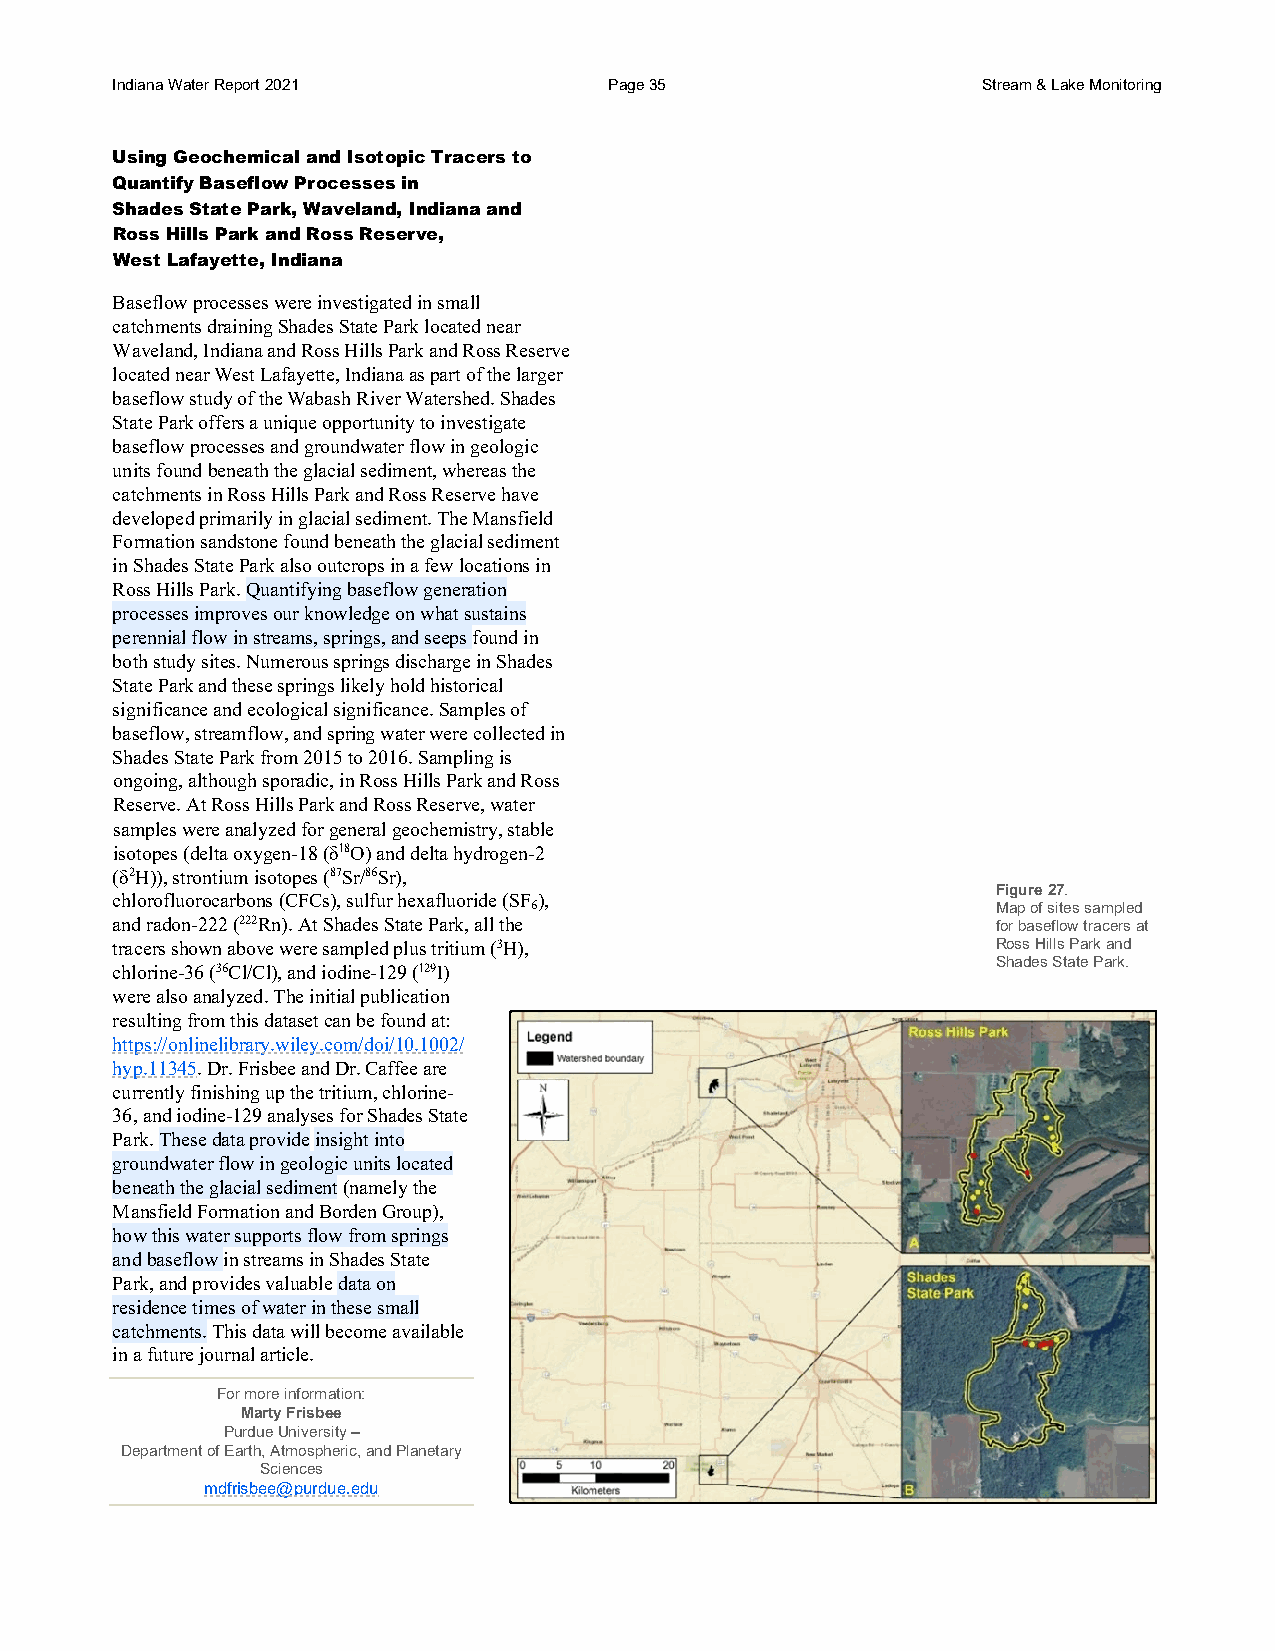
Indiana Water Report 2021        Page 35                  Stream & Lake Monitoring
 Using Geochemical and Isotopic Tracers to
 Quantify Baseflow Processes in
 Shades State Park, Waveland, Indiana and
 Ross Hills Park and Ross Reserve,
 West Lafayette, Indiana
 Baseflow processes were investigated in small
 catchments draining Shades State Park located near
 Waveland, Indiana and Ross Hills Park and Ross Reserve
 located near West Lafayette, Indiana as part of the larger
 baseflow study of the Wabash River Watershed. Shades
 State Park offers a unique opportunity to investigate
 baseflow processes and groundwater flow in geologic
 units found beneath the glacial sediment, whereas the
 catchments in Ross Hills Park and Ross Reserve have
 developed primarily in glacial sediment. The Mansfield
 Formation sandstone found beneath the glacial sediment
 in Shades State Park also outcrops in a few locations in
 Ross Hills Park. Quantifying baseflow generation
 processes improves our knowledge on what sustains
 perennial flow in streams, springs, and seeps found in
 both study sites. Numerous springs discharge in Shades
 State Park and these springs likely hold historical
 significance and ecological significance. Samples of
 baseflow, streamflow, and spring water were collected in
 Shades State Park from 2015 to 2016. Sampling is
 ongoing, although sporadic, in Ross Hills Park and Ross
 Reserve. At Ross Hills Park and Ross Reserve, water
 samples were analyzed for general geochemistry, stable
 isotopes (delta oxygen-18 (δ18O) and delta hydrogen-2
 (δ2H)), strontium isotopes (87Sr/86Sr),
 Figure 27.
 chlorofluorocarbons (CFCs), sulfur hexafluoride (SF ),
 6                              Map of sites sampled
 and radon-222 (222Rn). At Shades State Park, all the       for baseflow tracers at
 tracers shown above were sampled plus tritium (3H),        Ross Hills Park and
 Shades State Park.
 chlorine-36 (36Cl/Cl), and iodine-129 (129I)
 were also analyzed. The initial publication
 resulting from this dataset can be found at:
 https://onlinelibrary.wiley.com/doi/10.1002/
 hyp.11345. Dr. Frisbee and Dr. Caffee are
 currently finishing up the tritium, chlorine-
 36, and iodine-129 analyses for Shades State
 Park. These data provide insight into
 groundwater flow in geologic units located
 beneath the glacial sediment (namely the
 Mansfield Formation and Borden Group),
 how this water supports flow from springs
 and baseflow in streams in Shades State
 Park, and provides valuable data on
 residence times of water in these small
 catchments. This data will become available
 in a future journal article.
 For more information:
 Marty Frisbee
 Purdue University –
 Department of Earth, Atmospheric, and Planetary
 Sciences
 mdfrisbee@purdue.edu